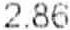
2.86